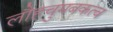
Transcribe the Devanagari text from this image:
लौहचुमबकत्व